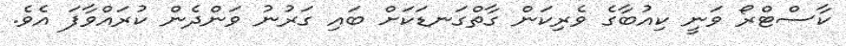
ކާސްޓްރޯ ވަނީ ކިއުބާގެ ވެރިކަން ގާތްގަނޑަކަށް ބައި ގަރުނު ވަންދެން ކުރައްވާފަ އެވެ.